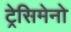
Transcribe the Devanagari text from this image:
ट्रेसिमेनो